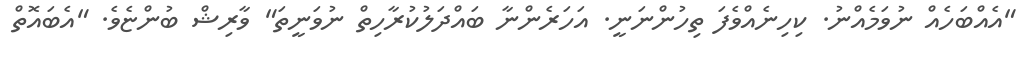
"އެއްބަހެއް ނުވަމެއްނު. ކިހިނެއްވެފަ ތިހުންނަނީ. އަހަރެންނާ ބައްދަލުކުރާހިތް ނުވަނީތަ" ވާރިޝް ބުންޏެވެ. "އެބައޮތް